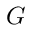
G